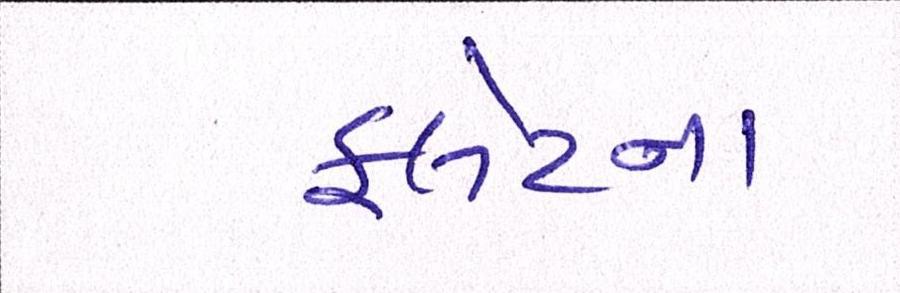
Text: ફ્લેટના